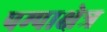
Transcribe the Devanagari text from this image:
पम्पाक्षेत्र